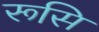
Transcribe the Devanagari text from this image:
रूसि